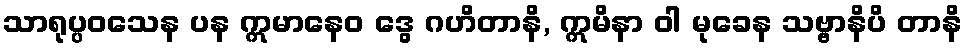
သာရုပ္ပဝသေန ပန ဣမာနေဝ ဒွေ ဂဟိတာနိ, ဣမိနာ ဝါ မုခေန သဗ္ဗာနိပိ တာနိ